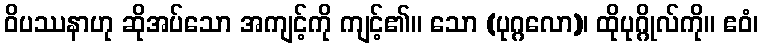
ဝိပဿနာဟု ဆိုအပ်သော အကျင့်ကို ကျင့်၏။ သော (ပုဂ္ဂလော)၊ ထိုပုဂ္ဂိုလ်ကို။ ဧဝံ၊